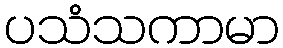
ပသံသကာမာ